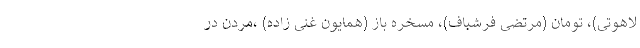
لاهوتی)، تومان (مرتضی فرشباف)، مسخره باز (همایون غنی زاده) ،مردن در